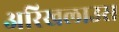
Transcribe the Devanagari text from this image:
अरिखलाउस